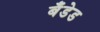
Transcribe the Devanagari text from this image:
बँडेड